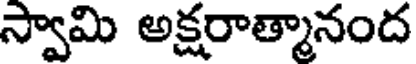
స్వామి అక్షరాత్మానంద